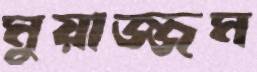
মুয়াজ্জম